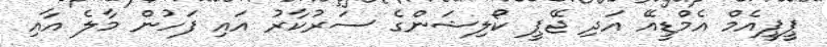
ޕީޕީއެމް އެމްޑީއޭ އަދި ޖޭޕީ ކޯލިޝަންގެ ސަރުކާރު އައި ފަހުން މާލެ އާއި